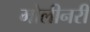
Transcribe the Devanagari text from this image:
मोलीनरी